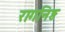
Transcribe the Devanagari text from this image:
रागनिष्ठ